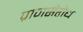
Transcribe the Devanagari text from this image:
प्राणसंरोध